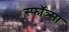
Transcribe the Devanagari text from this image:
स्फॉत्र्सा